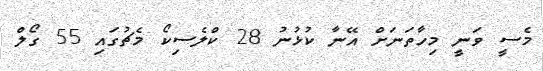
މެސީ ވަނީ މިހާތަނަށް އޭނާ ކުޅުނު 28 ކްލެސިކޯ މެޗުގައި 55 ގޯލް